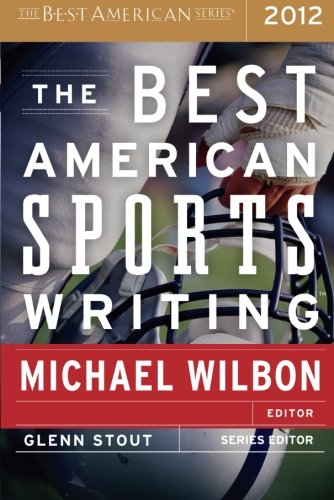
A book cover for The Best American Sports Writing 2012; Sports & Outdoors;